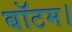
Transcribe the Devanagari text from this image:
बॉटम।